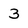
Character: 3